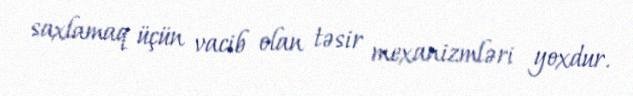
saxlamaq üçün vacib olan təsir mexanizmləri yoxdur.